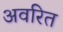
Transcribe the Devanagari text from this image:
अवरित